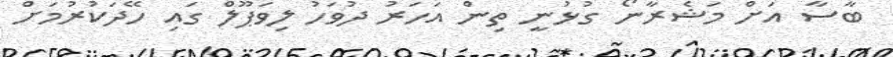
ބާސާ އަށް މަޝެރާނޯ ގުޅުނީ ތިން އަހަރު ދުވަހު ލިވަޕޫލް ގައި ހޭދަކުރުމަށް